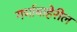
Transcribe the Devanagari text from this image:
गर्भाबाहेरील